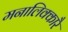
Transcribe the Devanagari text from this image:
मनालिक्कारै